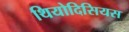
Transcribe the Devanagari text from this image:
थियोदिसियस